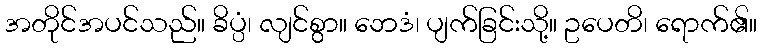
အတိုင်အပင်သည်။ ခိပ္ပံ၊ လျင်စွာ။ ဘေဒံ၊ ပျက်ခြင်းသို့။ ဥပေတိ၊ ရောက်၏။